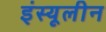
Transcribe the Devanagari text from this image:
इंस्यूलीन